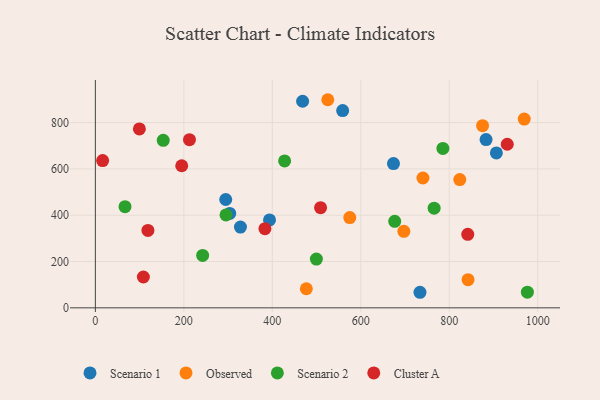
{"axis": {"x": "Ad Spend", "y": "Yield"}, "legend": ["Cluster A", "Observed", "Scenario 1", "Scenario 2"], "data": [{"x": "883.2", "y": 726.5, "type": "Scenario 1"}, {"x": "393.7", "y": 379.4, "type": "Scenario 1"}, {"x": "559.0", "y": 851.6, "type": "Scenario 1"}, {"x": "294.7", "y": 467.8, "type": "Scenario 1"}, {"x": "733.8", "y": 67.2, "type": "Scenario 1"}, {"x": "328.0", "y": 348.8, "type": "Scenario 1"}, {"x": "673.9", "y": 623.1, "type": "Scenario 1"}, {"x": "303.7", "y": 407.7, "type": "Scenario 1"}, {"x": "468.5", "y": 892.0, "type": "Scenario 1"}, {"x": "906.5", "y": 669.0, "type": "Scenario 1"}, {"x": "823.8", "y": 553.9, "type": "Observed"}, {"x": "969.5", "y": 815.0, "type": "Observed"}, {"x": "875.3", "y": 786.4, "type": "Observed"}, {"x": "697.3", "y": 330.3, "type": "Observed"}, {"x": "842.5", "y": 121.6, "type": "Observed"}, {"x": "575.1", "y": 389.9, "type": "Observed"}, {"x": "476.9", "y": 82.4, "type": "Observed"}, {"x": "525.4", "y": 898.6, "type": "Observed"}, {"x": "740.5", "y": 560.6, "type": "Observed"}, {"x": "295.3", "y": 401.1, "type": "Scenario 2"}, {"x": "785.6", "y": 688.5, "type": "Scenario 2"}, {"x": "676.7", "y": 373.5, "type": "Scenario 2"}, {"x": "427.8", "y": 634.4, "type": "Scenario 2"}, {"x": "67.0", "y": 436.7, "type": "Scenario 2"}, {"x": "242.5", "y": 226.2, "type": "Scenario 2"}, {"x": "153.4", "y": 723.1, "type": "Scenario 2"}, {"x": "976.6", "y": 67.7, "type": "Scenario 2"}, {"x": "499.6", "y": 210.6, "type": "Scenario 2"}, {"x": "765.8", "y": 430.5, "type": "Scenario 2"}, {"x": "383.3", "y": 341.7, "type": "Cluster A"}, {"x": "99.5", "y": 772.5, "type": "Cluster A"}, {"x": "841.8", "y": 317.6, "type": "Cluster A"}, {"x": "118.8", "y": 334.3, "type": "Cluster A"}, {"x": "108.5", "y": 133.1, "type": "Cluster A"}, {"x": "195.2", "y": 613.5, "type": "Cluster A"}, {"x": "931.1", "y": 706.4, "type": "Cluster A"}, {"x": "509.1", "y": 432.6, "type": "Cluster A"}, {"x": "212.7", "y": 726.1, "type": "Cluster A"}, {"x": "16.4", "y": 635.8, "type": "Cluster A"}]}